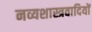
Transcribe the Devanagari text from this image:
नव्यशास्त्रवादियों